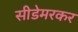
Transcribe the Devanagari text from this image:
सीडेमरकर